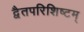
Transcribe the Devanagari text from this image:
द्वैतपरिशिष्टम्